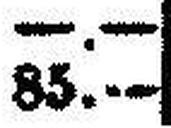
85.—